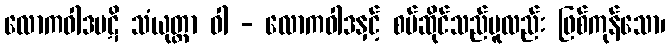
လောကဝါဒပဋိ သံယုတ္တာ ဝါ - လောကဝါဒနှင့် စပ်ဆိုင်သည်မူလည်း ဖြစ်ကုန်သော၊